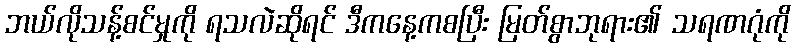
ဘယ်လိုသန့်စင်မှုကို ရသလဲဆိုရင် ဒီကနေ့ကစပြီး မြတ်စွာဘုရား၏ သရဏဂုံကို